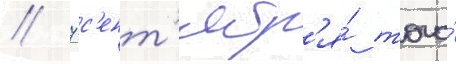
// 7 с'ент'ябр'я́ того́